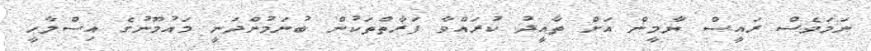
ނަމަވެސް ރައީސް ޔާމީން އަށް ތާއީދު ކުރައްވާ ފަރާތްތަކުން ބުނަމުންދަނީ މައުމޫނުގެ އިސްލާހީ